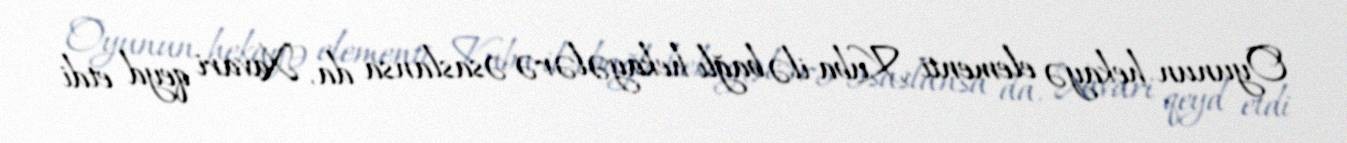
Oyunun hekayə elementi Kuba ilə bağlı hekayələrə əsaslansa da, Xavari qeyd etdi